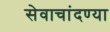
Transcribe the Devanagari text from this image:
सेवाचांदण्या